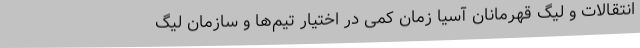
انتقالات و لیگ قهرمانان آسیا زمان کمی در اختیار تیم‌ها و سازمان لیگ